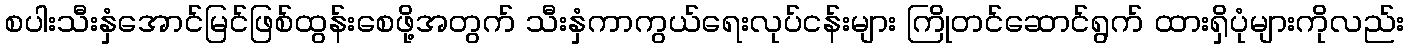
စပါးသီးနှံအောင်မြင်ဖြစ်ထွန်းစေဖို့အတွက် သီးနှံကာကွယ်ရေးလုပ်ငန်းများ ကြိုတင်ဆောင်ရွက် ထားရှိပုံများကိုလည်း